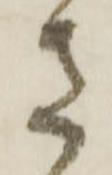
さ